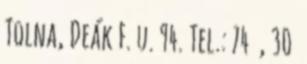
Tolna, Deák F. u. 94. Tel.: 74 , 30